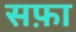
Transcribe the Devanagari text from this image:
सफ़ा